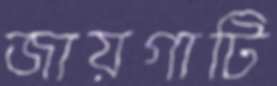
জায়গাটি